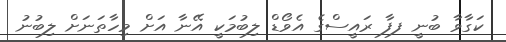
ކަގާވާ ބުނީ ފފާ ރައީސްގެ އެވޯޑް ލިބުމަކީ އޭނާ އަށް މިހާތަނަށް ލިބުނު